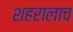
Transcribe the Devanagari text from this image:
शहरालाच